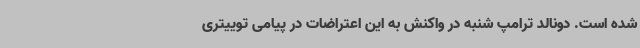
شده است. دونالد ترامپ شنبه در واکنش به این اعتراضات در پیامی توییتری